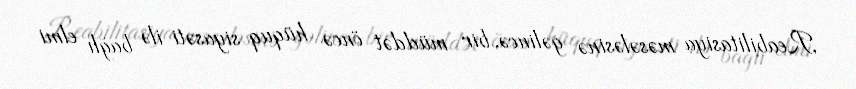
Reabilitasiya məsələsinə gəlincə, bir müddət öncə hüquq siyasəti ilə bağlı elmi